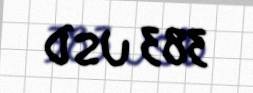
383 USD